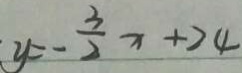
y = - \frac { 3 } { 2 } x + 2 4